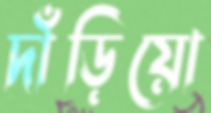
দাঁড়িয়ো